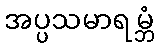
အပ္ပသမာရမ္ဘံ